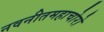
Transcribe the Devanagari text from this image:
नवनीतमहाचोरो